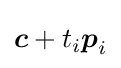
{\boldsymbol {c}}+t_{i}{\boldsymbol {p}}_{i}